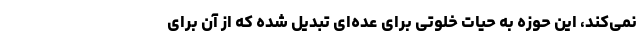
نمی‌کند، این حوزه به حیات خلوتی برای عده‌ای تبدیل شده که از آن برای